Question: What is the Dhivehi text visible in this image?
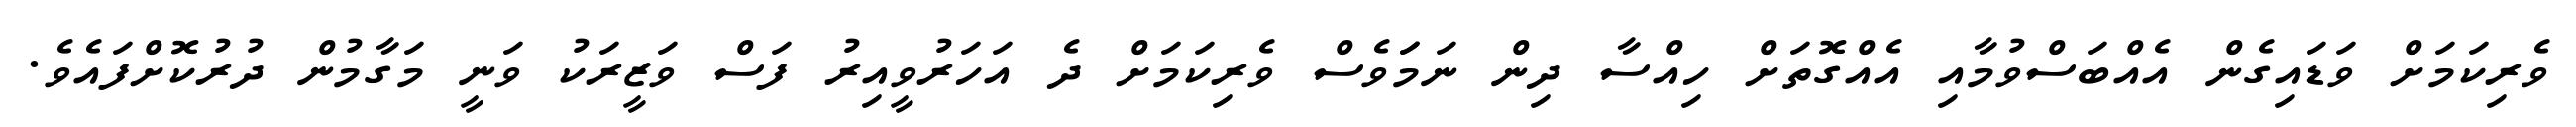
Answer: ވެރިކަމަށް ވަޑައިގެން އެއްބަސްވުމާއި އެއްގޮތަށް ހިއްސާ ދިން ނަމަަވެސް ވެރިކަމަށް ދެ އަހަރުވީއިރު ފަސް ވަޒީރަކު ވަނީ މަގާމުން ދުރުކޮށްފައެވެ.